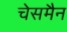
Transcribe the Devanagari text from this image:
चेसमैन